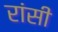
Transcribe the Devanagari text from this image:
रांसी